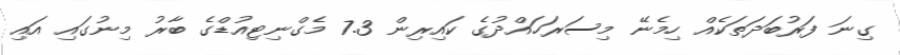
ގިނަ ފަރުބަދަތަކެއް ހިމެނޭ މިސަރަހައްދުގެ ކައިރިން 7.3 މެގްނިޓިއުޑްގެ ބާރު މިނުގައި އައި